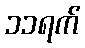
၁၁ရက်